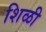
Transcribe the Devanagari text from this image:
शिळी